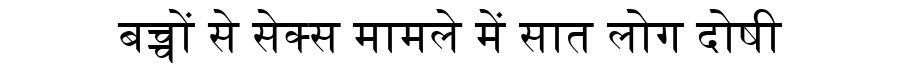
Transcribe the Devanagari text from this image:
बच्चों से सेक्स मामले में सात लोग दोषी